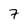
Character: 7